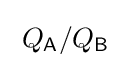
\;Q_{\mathsf {A}}/Q_{\mathsf {B}}\;